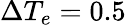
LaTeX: \Delta T_{e}=0.5